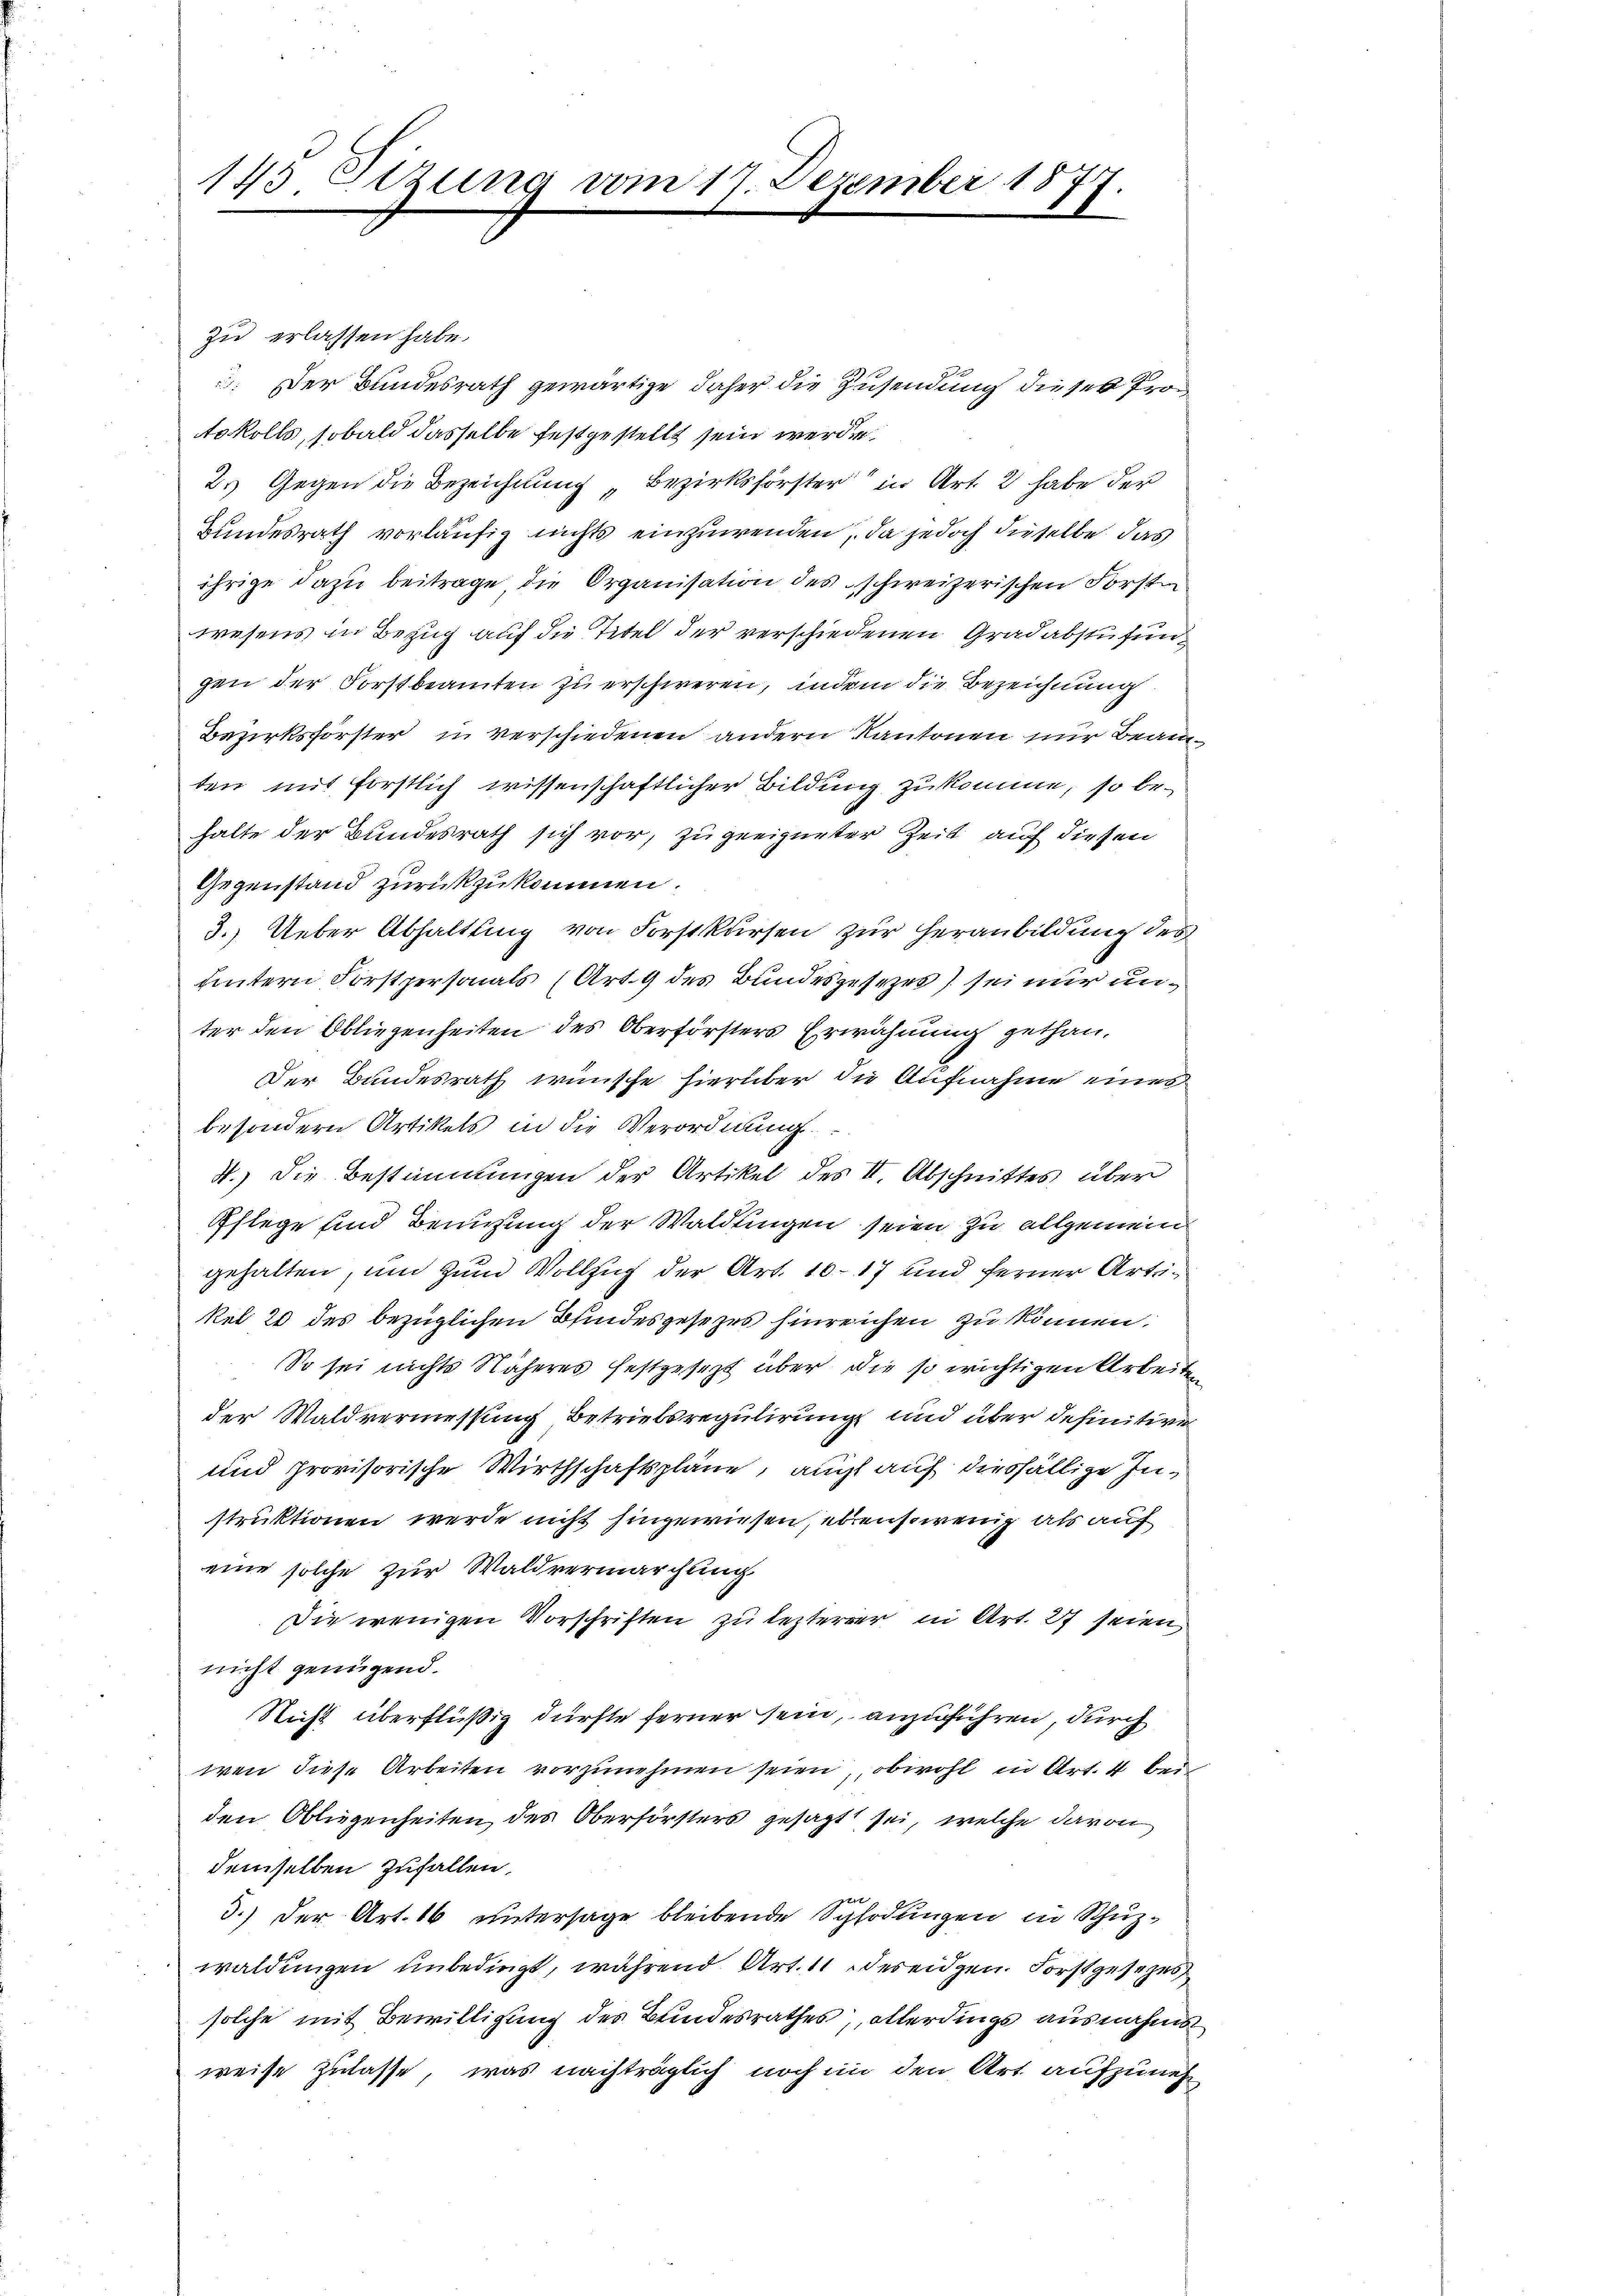
145. Sizung vom 17. Dezember 1877.

zu erlassen habe.
: Der Bundesrath gewärtige daher die Zusendung dieses Protokolls, sobald dasselbe festgestellt sein werden.
2. Gegen die Bezeichnung „Bezirksförster in Art. 2 habe der
Bundesrath vorläufig nichts einzuwenden, da jedoch dieselbe das
ihrige dazu beitrage die Organisation des schweizerischen Forst
wesens in Bezug auf die Titel der verschiedenen Gradabstufun
gen der Forstbeamten zu erschweren, indem die Bezeichnung
Bezirksförster in verschiedenen andern Kantonen nur Beamten mit forstlich wissenschaftlicher Bildung zukomme, so behalte der Bundesrath sich vor, zu geeigneter Zeit auf diesen
Gegenstand zurückzukommen.
3.) Ueber Abhaltung von Forstkursen zur Heranbildung des
hintern Forstpersonals (Art. 9 des Bundesgesezes) sei nur unter den Obliegenheiten des Oberförsters Erwähnung gethan,
Der Bundesrath wünsche hierüber die Aufnahme eines
besondern Artikels in die Verordnung
4.) Die Bestimmungen der Artikel des II. Abschnittes über
Pflege und Benutzung der Waldungen seien zu allgemein
gehalten, und zum Vollzug der Art. 1017 und ferner Artikel 20 des bezüglichen Blindesgesezes hinreichen zu können.
So sei nichts Näheres festgesezt über die so wichtigen Arbeiten
der Waldvermessung Betriebsregulirung und über definitive
und provisorische Wirthschaftspläne, auch auf diesfällige Instruktionen werde nicht hingewiesen, ebensowenig als auf
eine solche zur Waldvermarchung
.Die wenigen Vorschriften zu lezterer in Art. 27 seien,
nicht genügend.
Nicht überflüßig dürfte ferner sein, anzuführen, durch
wen diese Arbeiten vorzunehmen seien, obwohl in Art. 4 bei
den Obliegenheiten des Oberförsters gesagt sei, welche davon
demselben zufallen.
3.) Der Art. 16 untersage bleibende Sphodungen in Schuzwaldungen unbedingt, während Art. 11 der eidgen. Forstgesezes
solche mit Bewilligung des Bundesrathes, allerdings ausnahms
weise Zulasse, was nachträglich noch in den Art. aufzuneh